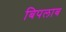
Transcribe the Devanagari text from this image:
बिपलाब